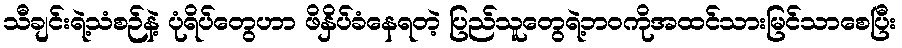
သီချင်းရဲ့သံစဉ်နဲ့ ပုံရိပ်တွေဟာ ဖိနှိပ်ခံနေရတဲ့ ပြည်သူတွေရဲ့ဘဝကိုအထင်သားမြင်သာစေပြီး